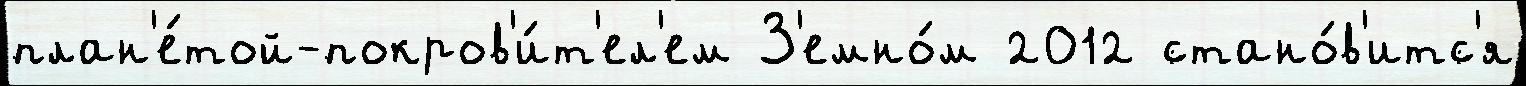
план'е́той-покров'и́т'ел'ем З'емно́м 2012 стано́в'итс'я